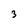
Character: 3